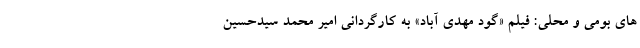
های بومی و محلی: فیلم «گود مهدی آباد» به کارگردانی امیر محمد سیدحسین